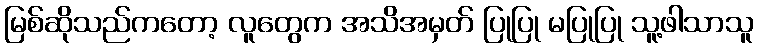
မြစ်ဆိုသည်ကတော့ လူတွေက အသိအမှတ် ပြုပြု မပြုပြု သူ့ဖါသာသူ